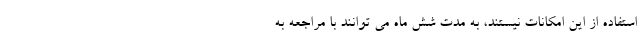
استفاده از این امکانات نیستند، به مدت شش ماه می توانند با مراجعه به